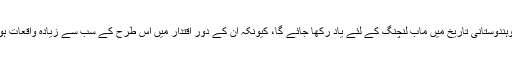
مودی کوہندوستانی تاریخ میں ماب لنچنگ کے لئے یاد رکھا جائے گا، کیونکہ ان کے دور اقتدار میں اس طرح کے سب سے زیادہ واقعات ہوئے ہیں۔